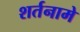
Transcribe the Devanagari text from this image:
शर्तनामे